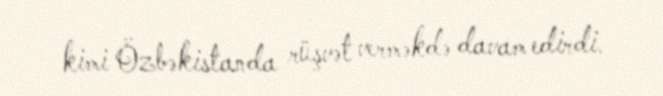
kimi Özbəkistanda rüşvət verməkdə davam edirdi.